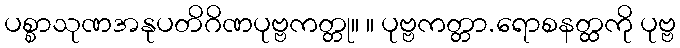
ပစ္စာသုဏအနုပတိဂိဏပုဗ္ဗကတ္တု။ ။ ပုဗ္ဗကတ္တာ.ရောစနတ္ထကို ပုဗ္ဗ